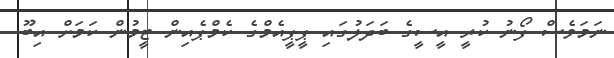
ނަމަވެސް ފޯނު ކުރީ އީސީގެ ބަދަލުގައި ޕީޕީއެމްގެ ކެމްޕެއިން ޓީމުން ކަމަށް އިބޫ